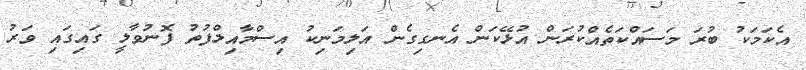
އެކަމަކު ބުރަ މަސައްކަތެއްކުރަން އުޅޭކަން އެނގިގެން އަލިމަނިކު އިސްމާއިލްފުތު ފޮނުވާލީ ގައިގައި ވަރު